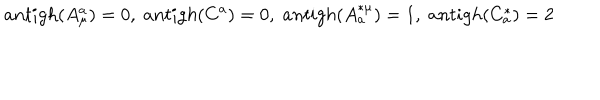
LaTeX: a n t i g h ( A _ { \mu } ^ { a } ) = 0 , \; a n t i g h ( C ^ { a } ) = 0 , \; a n t i g h ( A _ { a } ^ { * \mu } ) = 1 , \; a n t i g h ( C _ { a } ^ { * } ) = 2